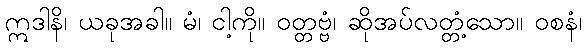
ဣဒါနိ၊ ယခုအခါ။ မံ၊ ငါ့ကို။ ဝတ္တဗ္ဗံ၊ ဆိုအပ်လတ္တံ့သော။ ဝစနံ၊